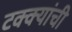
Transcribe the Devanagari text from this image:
टक्क्यांची